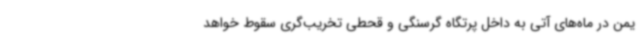
یمن در ماه‌های آتی به داخل پرتگاه گرسنگی و قحطی تخریب‌گری سقوط خواهد